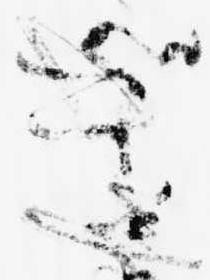
き